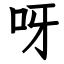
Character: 呀